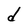
Character: d